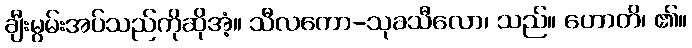
ချီးမွမ်းအပ်သည်ကိုဆိုအံ့။ သီလကော-သုခသီလော၊ သည်။ ဟောတိ၊ ၏။